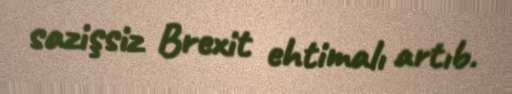
sazişsiz Brexit ehtimalı artıb.